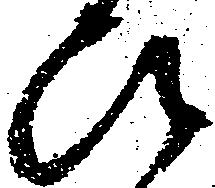
ひ